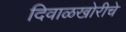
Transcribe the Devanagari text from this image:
दिवाळखोरीचे